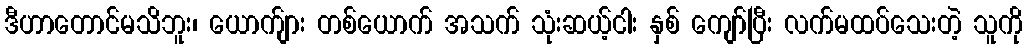
ဒီဟာတောင်မသိဘူး၊ ယောက်ျား တစ်ယောက် အသက် သုံးဆယ့်ငါး နှစ် ကျော်ပြီး လက်မထပ်သေးတဲ့ သူကို